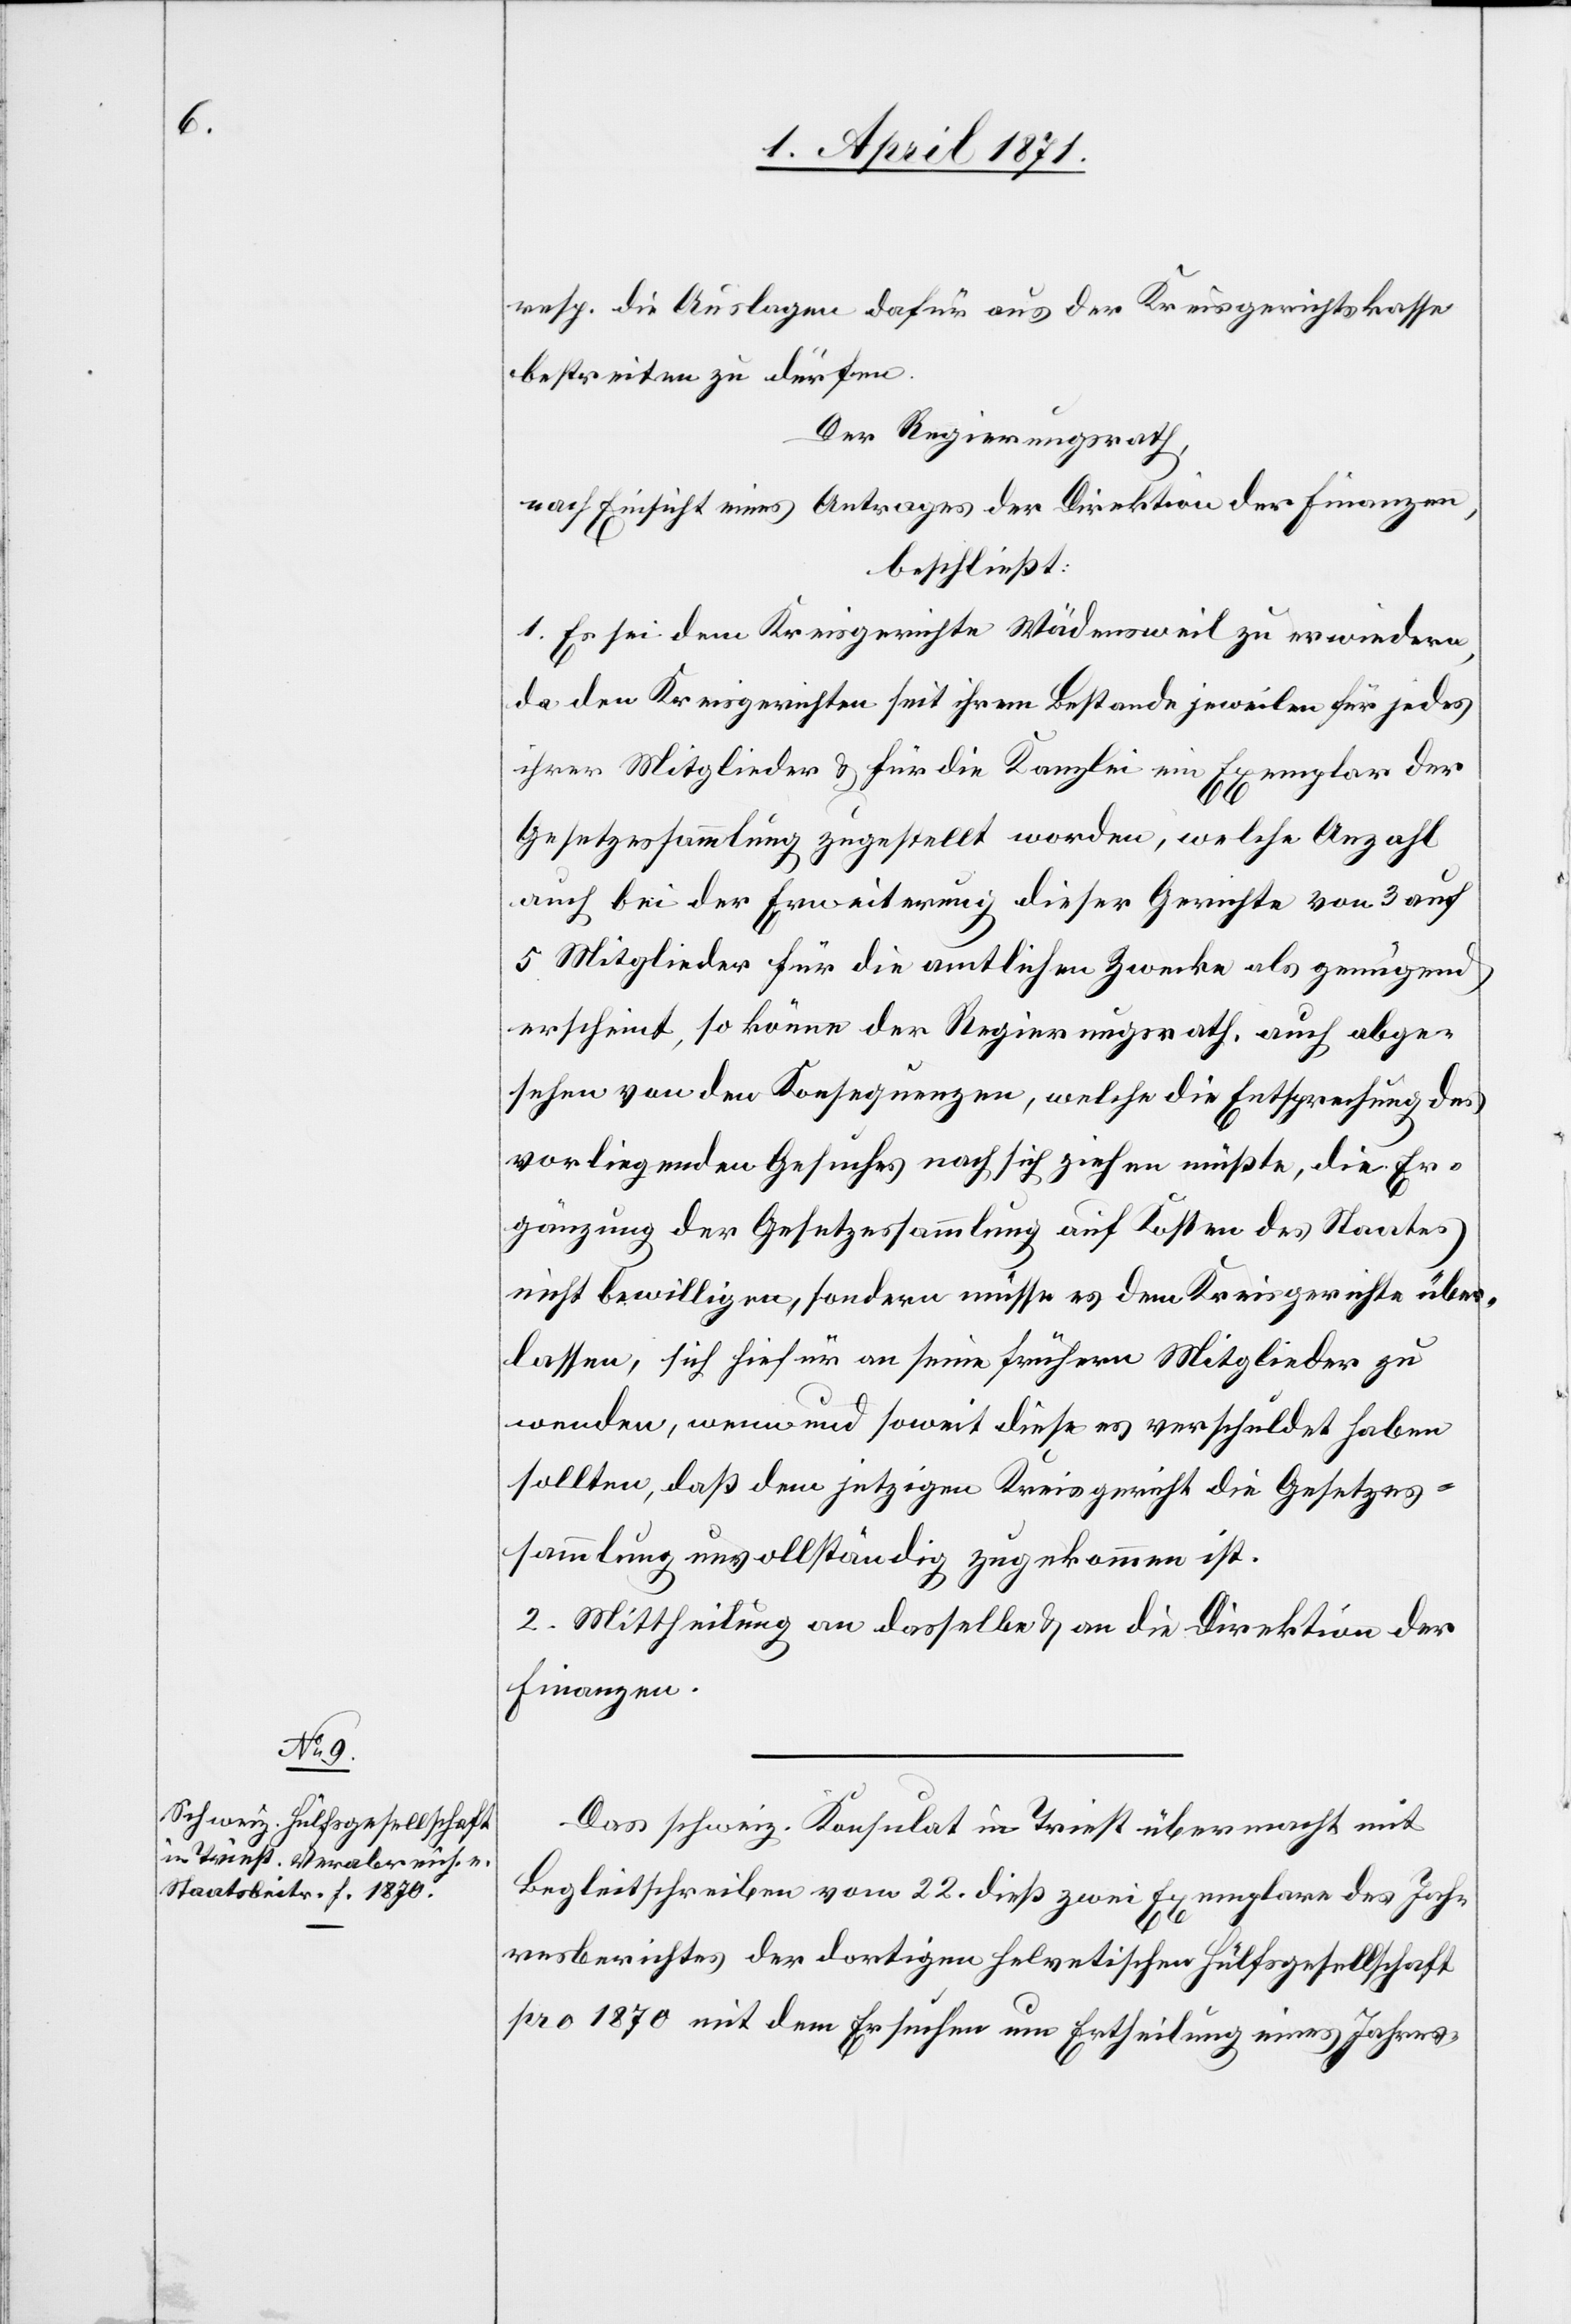
resp. die Auslagen dafür aus der Kreisgerichtskasse
bestreiten zu dürfen.
Der Regierungsrath,
nach Einsicht eines Antrages der Direktion der Finanzen,
beschließt:
1. Es sei dem Kreisgerichte Wädensweil zu erwiedern,
da den Kreisgerichten seit ihrem Bestande jeweilen für jedes
ihrer Mitglieder u. für die Kanzlei ein Exemplar der
Gesetzessammlung zugestellt worden, welche Anzahl
auch bei der Erweiterung dieser Gerichte von 3 auf
5 Mitglieder für die amtlichen Zwecke als genügend
erscheint, so könne der Regierungsrath auch abge¬
sehen von den Konsequenzen, welche die Entsprechung des
vorliegenden Gesuches nach sich ziehen müßte, die Er¬
gänzung der Gesetzessammlung auf Kosten des Staates
nicht bewilligen, sondern müsse es dem Kreisgerichte über¬
lassen, sich hiefür an seine frühern Mitglieder zu
wenden, wenn und soweit diese es verschuldet haben
sollten, daß dem jetzigen Kreisgericht die Gesetzes¬
sammlung unvollständig zugekommen ist.
2. Mittheilung an dasselbe u. an die Direktion der
Finanzen.
Das schweiz. Konsulat in Triest übermacht mit
Begleitschreiben vom 22. dieß zwei Exemplare des Jah¬
resberichtes der dortigen helvetischen Hülfsgesellschaft
pro 1870 mit dem Ersuchen um Ertheilung eines Jahres-